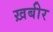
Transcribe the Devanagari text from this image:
ख़बीर